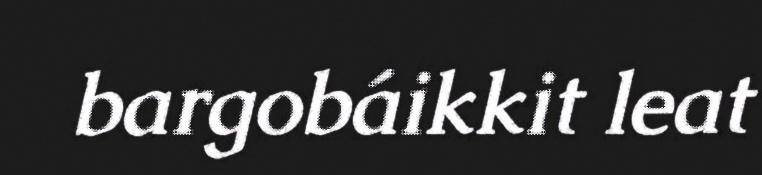
bargobáikkit leat